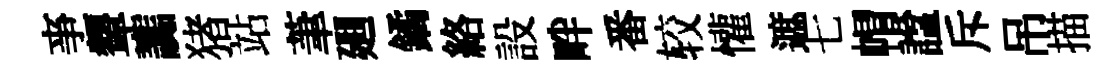
亊顰讟猪站茟廽鐍絡設畔番较懽遮七帽諡斥吊描